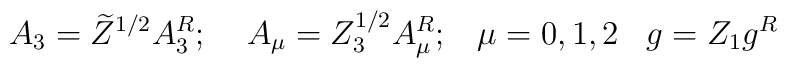
A_{3}=\widetilde{Z}^{1/2}A^{R}_{3};\; \; \; \; A_{\mu }=Z^{1/2}_{3}A^{R}_{\mu };\; \; \; \mu =0,1,2\; \; \; g=Z_{1}g^{R}